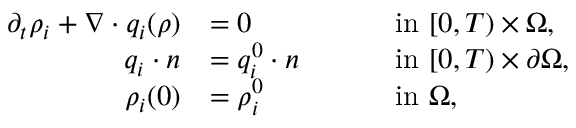
\begin{array} { r l r l r } { \partial _ { t } \rho _ { i } + \nabla \cdot q _ { i } ( \rho ) } & { = 0 } & { \quad } & { \mathrm { ~ i n ~ } [ 0 , T ) \times \Omega , } \\ { q _ { i } \cdot n } & { = q _ { i } ^ { 0 } \cdot n } & { \quad } & { \mathrm { ~ i n ~ } [ 0 , T ) \times \partial \Omega , } \\ { \rho _ { i } ( 0 ) } & { = \rho _ { i } ^ { 0 } } & { \quad } & { \mathrm { ~ i n ~ } \Omega , } & \end{array}